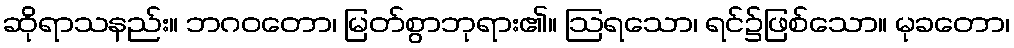
ဆိုရာသနည်း။ ဘဂဝတော၊ မြတ်စွာဘုရား၏။ ဩရသော၊ ရင်၌ဖြစ်သော။ မုခတော၊